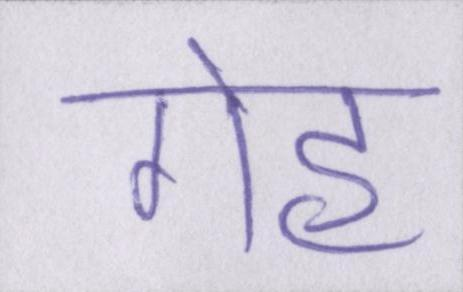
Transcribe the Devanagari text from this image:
गेह